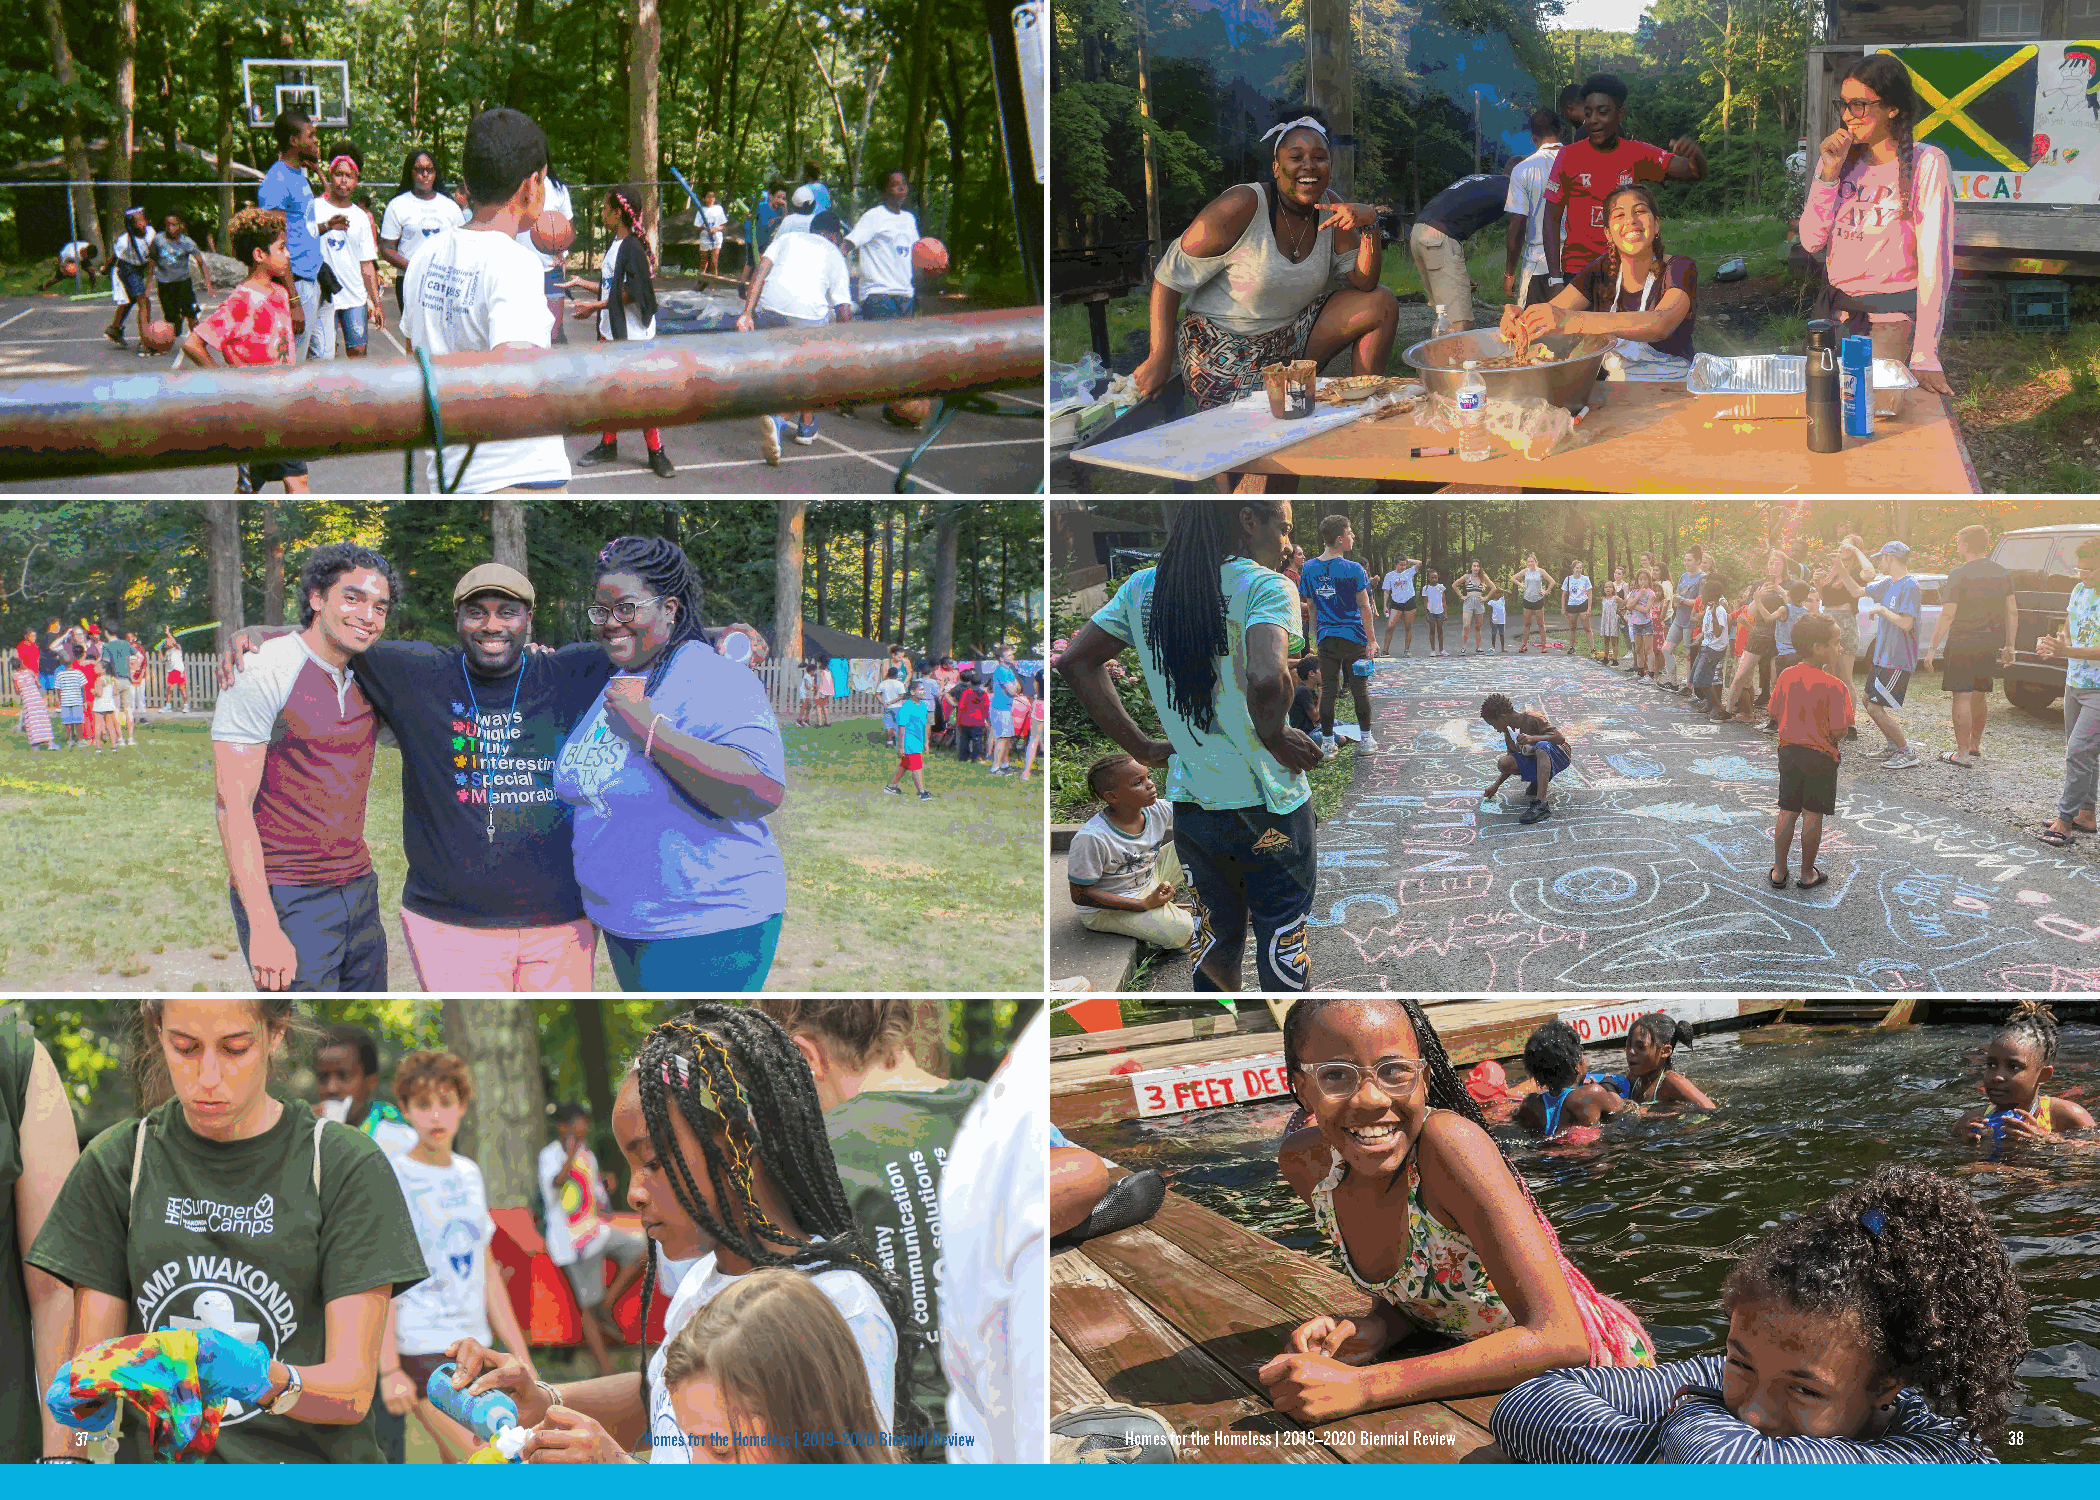
3377                                  HHoommeess ffoorr tthhee HHoommeelleessss || 22001199––22002200 BBiieennnniiaall RReevviieeww HHoommeess ffoorr tthhee HHoommeelleessss || 22001199––22002200 BBiieennnniiaall RReevviieeww 3388